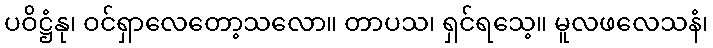
ပဝိဋ္ဌံနု၊ ဝင်ရှာလေတော့သလော။ တာပသ၊ ရှင်ရသေ့။ မူလဖလေသနံ၊